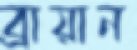
ব্রায়ান